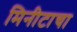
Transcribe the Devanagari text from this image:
मिनीटाचा